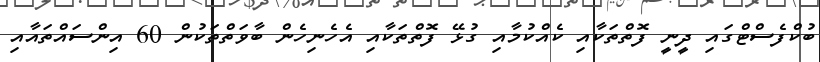
ބުކްފެސްޓްގައި ދީނީ ފޮތްތަކާއި ކެއްކުމާއި ގުޅޭ ފޮތްތަކާއި އެހެނިހެން ބާވަތްތަކުން 60 އިންސައްތައާއި